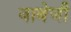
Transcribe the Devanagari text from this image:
बाबेजी